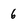
Character: 6